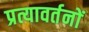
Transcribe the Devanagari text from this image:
प्रत्यावर्तनों